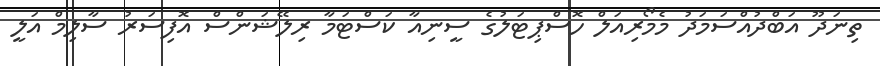
ތިނަދޫ އަބްދުއްސަމަދު މެމޯރިއަލް ހޮސްޕިޓަލުގެ ސީނިއާ ކަސްޓަމާ ރިލޭޝަންްސް އޮފިސަރު ސާލިމް އަލީ